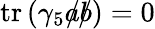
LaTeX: \operatorname{tr}\left(\gamma_{5}{a\! \! \! /}{b\! \! \! /}\right)=0